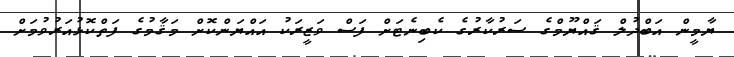
ޔާމީން އަބްދުލް ޤައްޔޫމްގެ ސަރުކާރުގެ ކެބިނެޓަށް ފަސް ވަޒީރަކު އައްޔަންކޮށް މަޤާމުގެ ފަތްކޮޅުއަރުވުމަށް